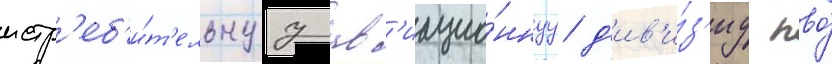
истр'еб'и́т'ельнуу ав'иацио́ннуу д'ив'и́з'иу пво́